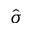
\hat { \sigma }